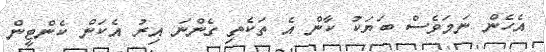
އެހެން ނަމަވެސް ބަޔަކު ކާން އެ ތަކެތި ގެންނަ އިރު އެކަން ކެންޓީން